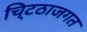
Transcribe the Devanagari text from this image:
चि्टठाजगत